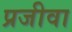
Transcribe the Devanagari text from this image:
प्रजीवा